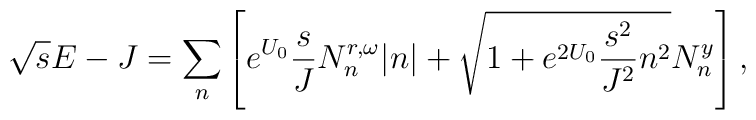
\sqrt{s}E - J = \sum_n \left[ e^{U_0} \frac{s}{J}N_n^{r,\omega}|n| +\sqrt{1+e^{2U_0}\frac{s^2}{J^2}n^2}N_n^y \right],